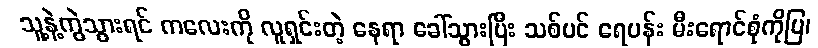
သူ့နဲ့ကွဲသွားရင် ကလေးကို လူရှင်းတဲ့ နေရာ ခေါ်သွားပြီး သစ်ပင် ရေပန်း မီးရောင်စုံကိုပြ၊